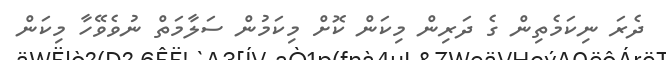
ދެރަ ނިކަމެތިން ގެ ދަރިން މިކަން ކޮށް މިކަމުން ސަލާމަތް ނުވެވޭހާ މިކަން